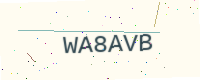
Text: WA8AVB